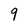
Character: 9